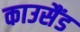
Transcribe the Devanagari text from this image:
काउसैंड